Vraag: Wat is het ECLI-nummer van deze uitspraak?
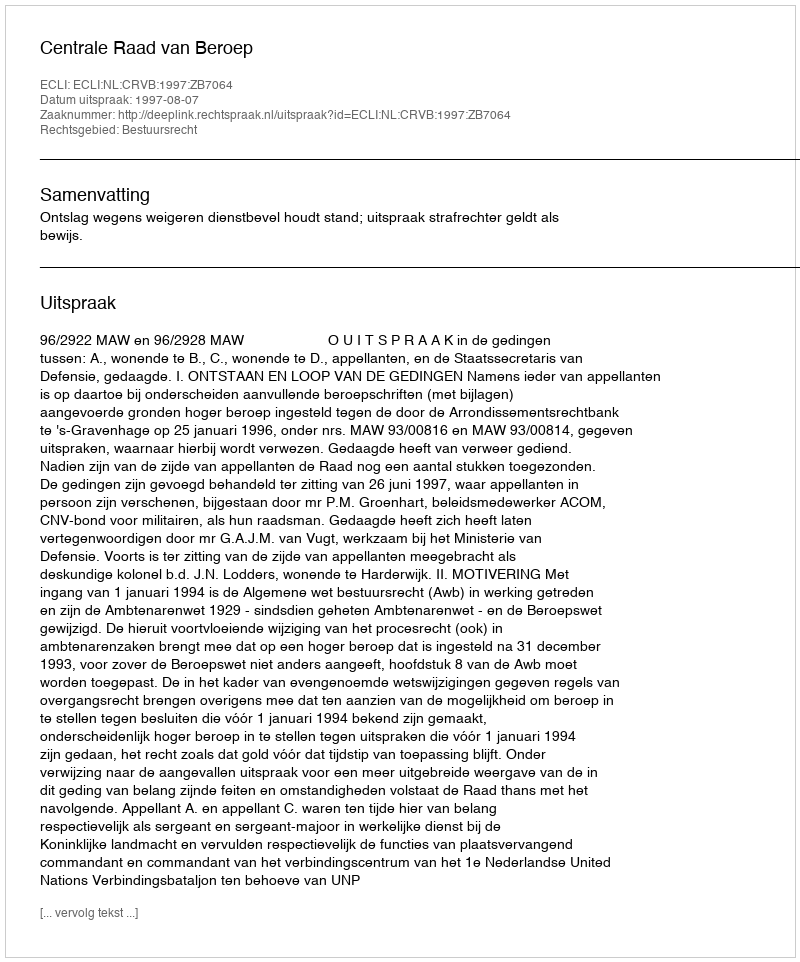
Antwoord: ECLI:NL:CRVB:1997:ZB7064